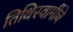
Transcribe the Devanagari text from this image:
तिथिस्वामींचे